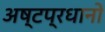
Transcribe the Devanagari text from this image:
अष्टप्रधानों